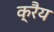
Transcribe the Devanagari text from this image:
क्रैय